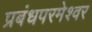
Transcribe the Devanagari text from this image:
प्रबंधपरमेश्वर